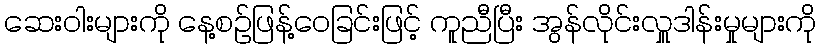
ဆေးဝါးများကို နေ့စဉ်ဖြန့်ဝေခြင်းဖြင့် ကူညီပြီး အွန်လိုင်းလှူဒါန်းမှုများကို